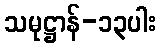
သမုဋ္ဌာန်-၁၃ပါး